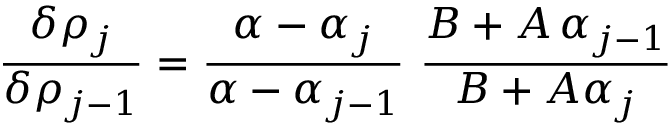
\frac { \delta \rho _ { j } } { \delta \rho _ { j - 1 } } = \frac { \alpha - \alpha _ { j } } { \alpha - \alpha _ { j - 1 } } \ \frac { B + A \, \alpha _ { j - 1 } } { B + A \alpha _ { j } }